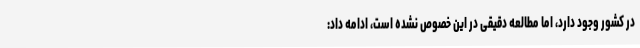
در کشور وجود دارد، اما مطالعه دقیقی در این خصوص نشده است، ادامه داد: